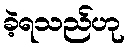
ခဲ့ရသည်ဟု